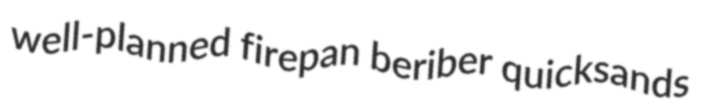
well-planned firepan beriber quicksands